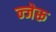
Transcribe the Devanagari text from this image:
न्जेरू